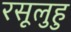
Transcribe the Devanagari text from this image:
रसूलुहु